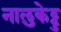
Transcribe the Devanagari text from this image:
नालुकेट्टु